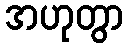
အဟုတွာ